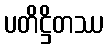
ပတိဋ္ဌိတဿ